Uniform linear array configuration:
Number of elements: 12
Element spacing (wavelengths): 0.5
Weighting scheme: hamming
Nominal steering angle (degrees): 30
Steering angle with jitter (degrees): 31.427
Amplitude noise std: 0.05
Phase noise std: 0.05

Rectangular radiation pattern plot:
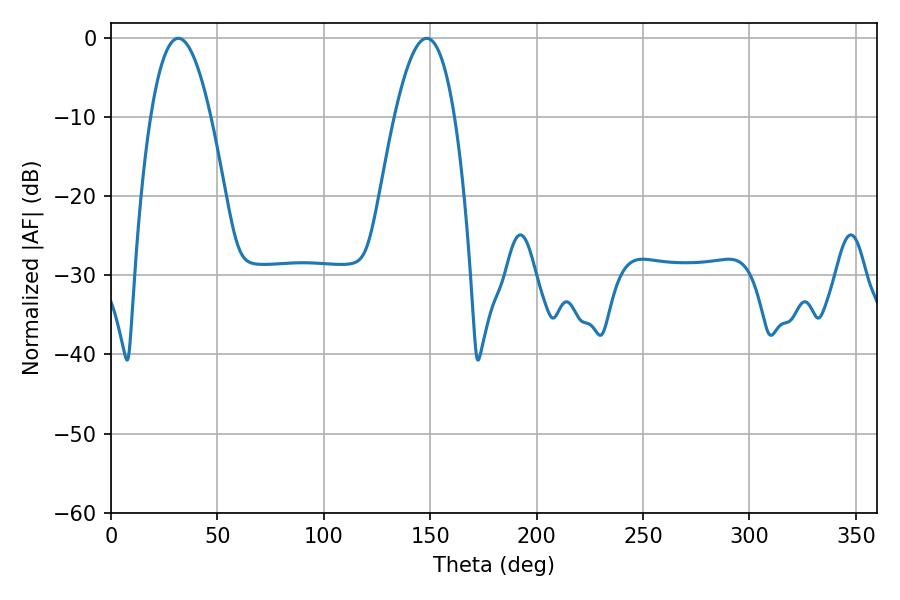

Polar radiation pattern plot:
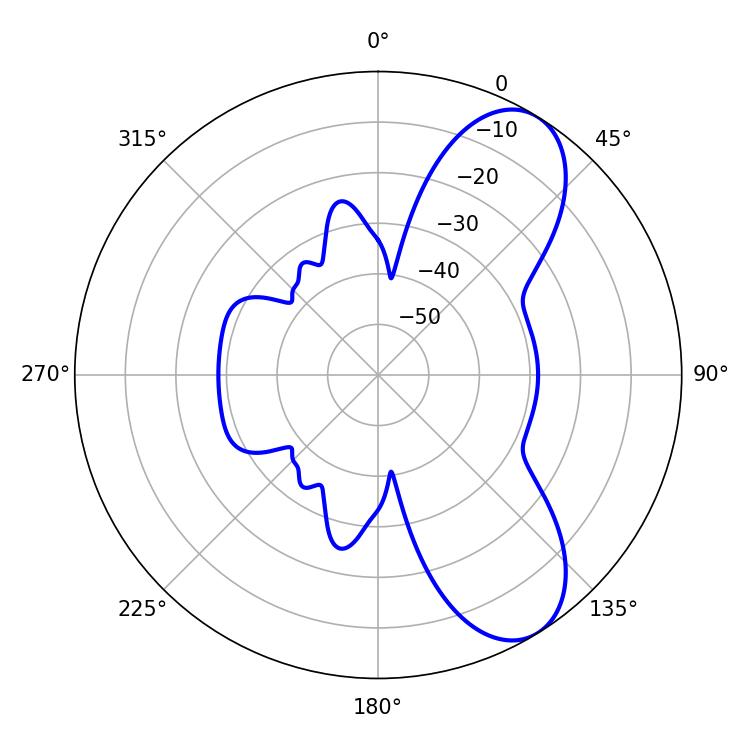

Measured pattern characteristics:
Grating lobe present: FALSE
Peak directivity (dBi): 8.115
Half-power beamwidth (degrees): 15.48
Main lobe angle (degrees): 31.68